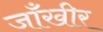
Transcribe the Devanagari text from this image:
जाँखीर